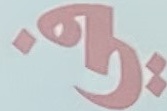
في